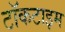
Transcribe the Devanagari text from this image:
टॉकटाइम